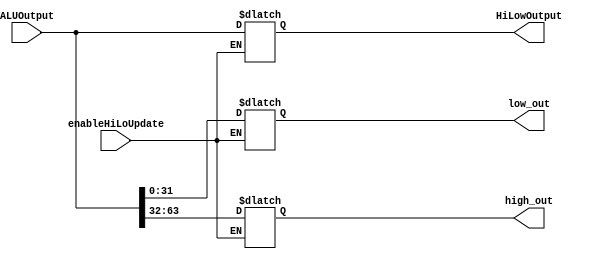
`timescale 1ns / 1ps
//////////////////////////////////////////////////////////////////////////////////
// Company: 
// Engineer: 
// 
// Design Name: 
// Module Name: HiLo
// Project Name: 
// Target Devices: 
// Tool Versions: 
// Description: 
// 
// Dependencies: 
// 
// Revision:
// Revision 0.01 - File Created
// Additional Comments:
// 
//////////////////////////////////////////////////////////////////////////////////


    module HiLo(ALUOutput, enableHiLoUpdate, HiLowOutput, low_out, high_out);
    
    input [63:0] ALUOutput;
    input enableHiLoUpdate;
    output reg [63:0] HiLowOutput;
    output reg [31:0] low_out, high_out;

       
    initial begin
        HiLowOutput <= 0;
        low_out <= 0;
        high_out <= 0;
    end    
    
    always @(ALUOutput or enableHiLoUpdate)
    begin
        #5;
        if(enableHiLoUpdate == 1) begin
            low_out = ALUOutput[31:0];
            high_out = ALUOutput[63:32];
            //HiLowOutput = $signed(high_out + low_out);
            HiLowOutput[31:0] = low_out;
            HiLowOutput[63:32] = high_out;
        end
    
    end
    

endmodule